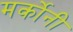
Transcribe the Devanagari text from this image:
मर्कोनी